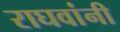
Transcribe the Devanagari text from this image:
राघवांनी